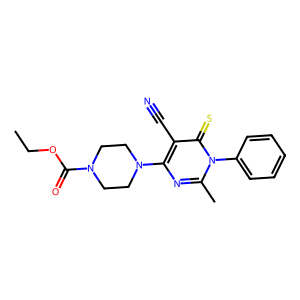
SMILES: CCOC(=O)N1CCN(c2nc(C)n(-c3ccccc3)c(=S)c2C#N)CC1
Inhibits HIV replication: No